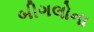
બીગલોના